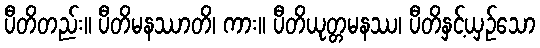
ပီတိတည်း။ ပီတိမနဿာတိ၊ ကား။ ပီတိယုတ္တမနဿ၊ ပီတိနှင့်ယှဉ်သော